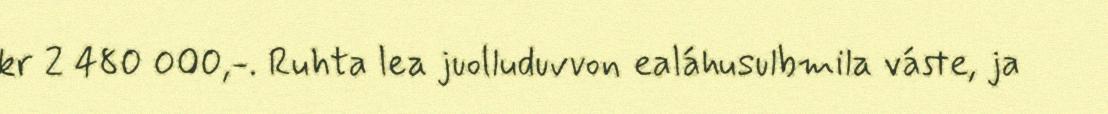
kr 2 480 000,-. Ruhta lea juolluduvvon ealáhusulbmila váste, ja